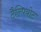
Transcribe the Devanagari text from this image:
टैल्पियोट